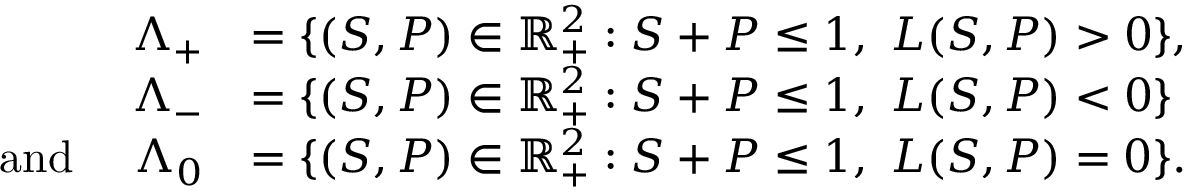
\begin{array} { r l } { \Lambda _ { + } } & { = \{ ( S , P ) \in \mathbb { R } _ { + } ^ { 2 } : S + P \le 1 , \ L ( S , P ) > 0 \} , } \\ { \Lambda _ { - } } & { = \{ ( S , P ) \in \mathbb { R } _ { + } ^ { 2 } : S + P \le 1 , \ L ( S , P ) < 0 \} } \\ { \mathrm { ~ a n d ~ } \quad \Lambda _ { 0 } } & { = \{ ( S , P ) \in \mathbb { R } _ { + } ^ { 2 } : S + P \le 1 , \ L ( S , P ) = 0 \} . } \end{array}